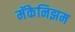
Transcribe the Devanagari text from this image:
मॅकेनिझम